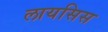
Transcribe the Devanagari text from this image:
लायसिस